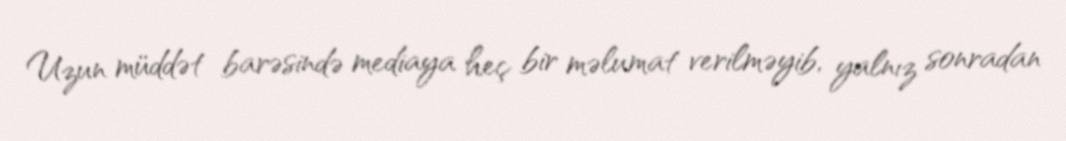
Uzun müddət barəsində mediaya heç bir məlumat verilməyib, yalnız sonradan